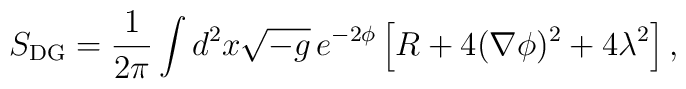
S_{{\rm{DG}}} = \frac{1}{2 \pi} \int\/d^{2}x\sqrt{-g}\, e^{-2\phi}	\left[ R + 4(\nabla\phi)^2  + 4\lambda^2 \right],